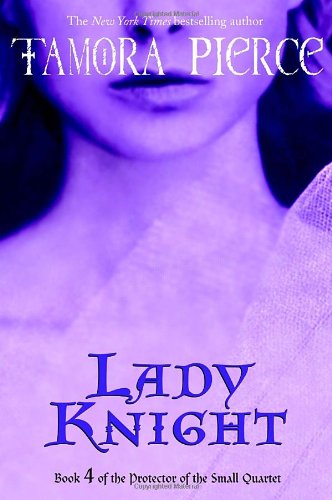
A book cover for Lady Knight: Book 4 of the Protector of the Small Quartet; Tamora Pierce; Teen & Young Adult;